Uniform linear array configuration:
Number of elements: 16
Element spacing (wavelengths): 0.25
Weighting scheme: cosine
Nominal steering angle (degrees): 15
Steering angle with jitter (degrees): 15.624
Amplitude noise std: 0.05
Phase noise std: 0.05

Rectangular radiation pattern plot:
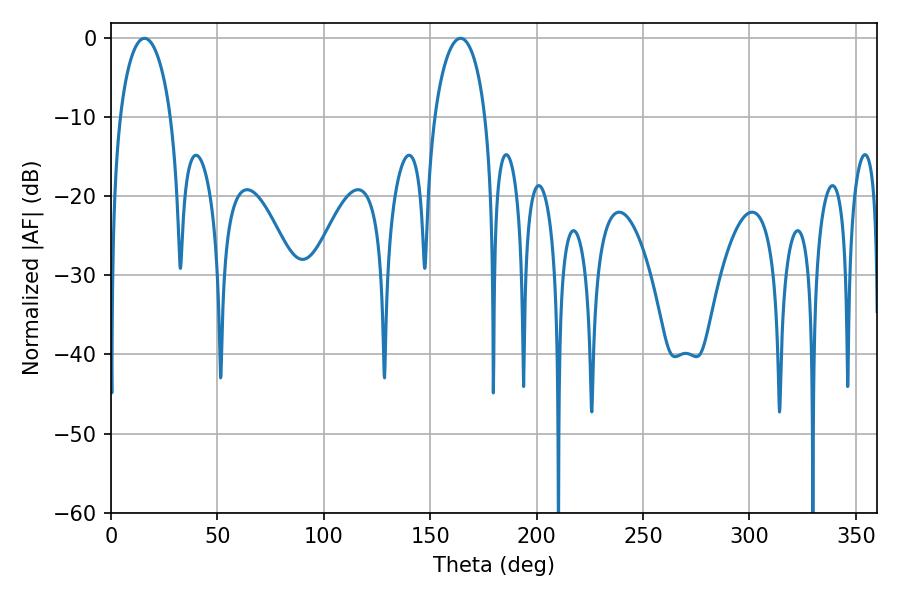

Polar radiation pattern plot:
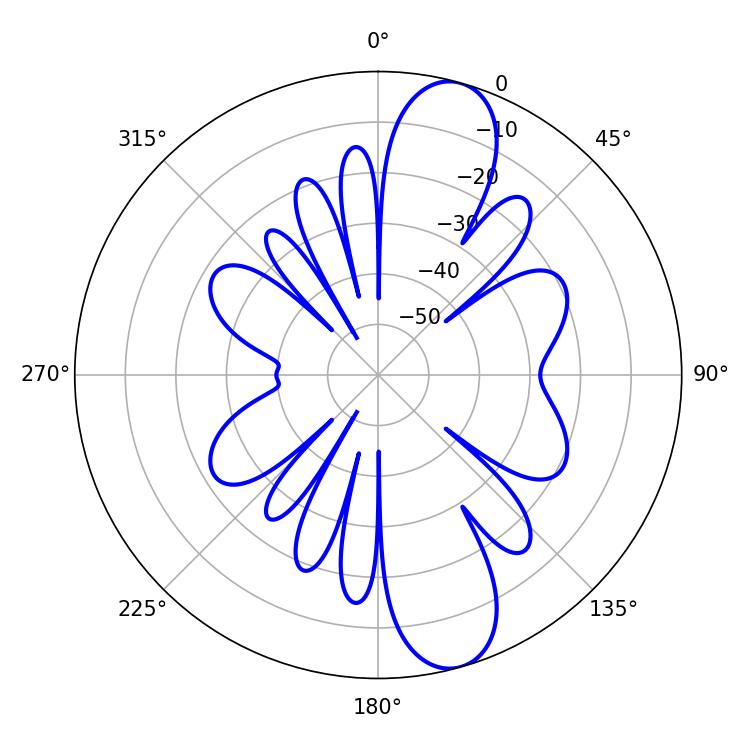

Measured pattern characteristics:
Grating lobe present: FALSE
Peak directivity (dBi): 11.414
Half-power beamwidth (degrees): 13.68
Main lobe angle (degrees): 15.84